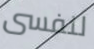
لنفسى